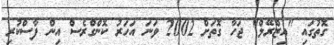
ގޮތުގައި "އިޒްރޭލް" ޖަހާ ގޮތަށް 2002 ވަނަ އަހަރު ކޮންގްރެސް އިން ފާސްކުރި